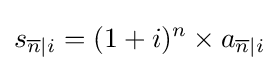
s_{{\overline {n}}|i}=(1+i)^{n}\times a_{{\overline {n}}|i}